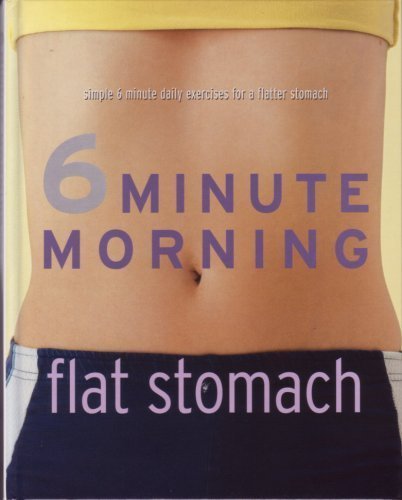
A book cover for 6 Minute Morning Flat Stomach; Sara Rose; Health, Fitness & Dieting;